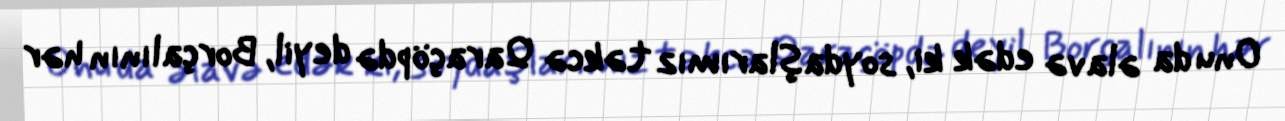
Onu da əlavə edək ki, soydaşlarımız təkcə Qaraçöpdə deyil, Borçalının hər